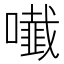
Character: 𭋲